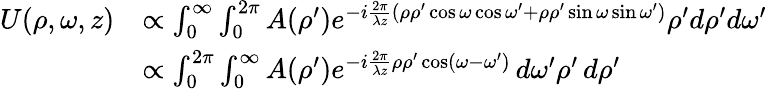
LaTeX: {\begin{array}{rl}{U(\rho,\omega,z)}&{\propto\int_{0}^{\infty}\int_{0}^{2\pi}A(\rho^{\prime})e^{-i{\frac{2\pi}{\lambda z}}(\rho\rho^{\prime}\cos\omega\cos\omega^{\prime}+\rho\rho^{\prime}\sin\omega\sin\omega^{\prime})}\rho^{\prime}d\rho^{\prime}d\omega^{\prime}}\\ &{\propto\int_{0}^{2\pi}\int_{0}^{\infty}A(\rho^{\prime})e^{-i{\frac{2\pi}{\lambda z}}\rho\rho^{\prime}\cos(\omega-\omega^{\prime})}\, d\omega^{\prime}\rho^{\prime}\, d\rho^{\prime}}\end{array}}